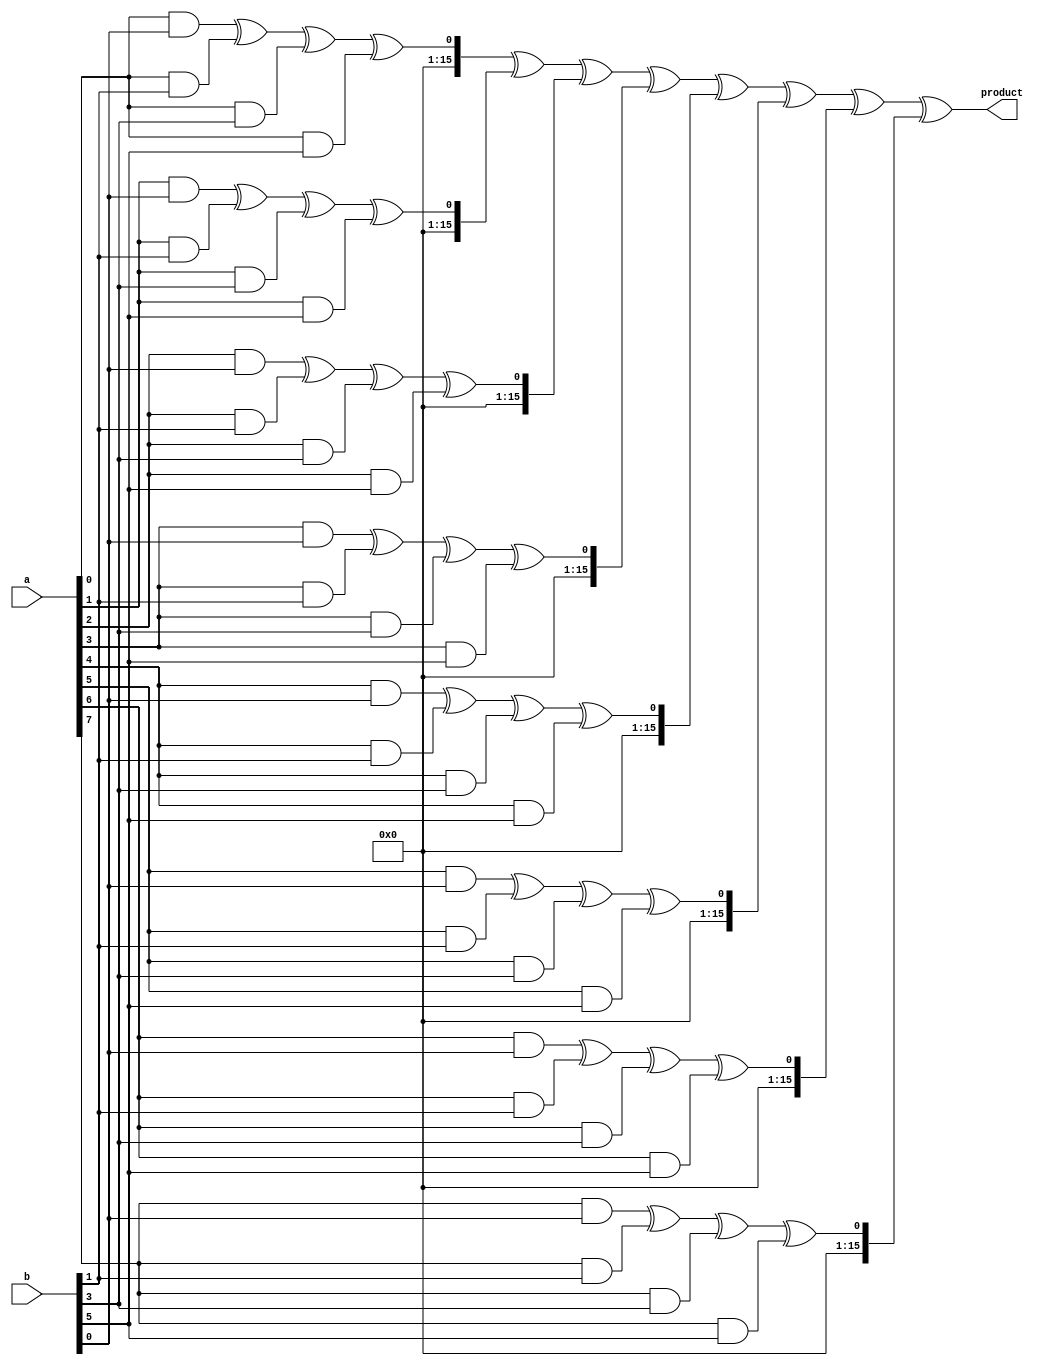
module wallace_tree_multiplier (
    input wire [7:0] a,
    input wire [7:0] b,
    output wire [15:0] product
);

wire [15:0] partial_products [7:0][7:0];
wire [15:0] reduced_partial_products [7:0][2:0];
wire [15:0] final_product;

// Partial product generation stage
genvar i, j;

generate
    for (i = 0; i < 8; i = i + 1) begin
        for (j = 0; j < 8; j = j + 1) begin
            assign partial_products[i][j] = a[i] & b[j];
        end
    end
endgenerate

// Partial product reduction stage
genvar k;

generate
    for (k = 0; k < 3; k = k + 1) begin
        if (k == 0) begin
            for (i = 0; i < 8; i = i + 1) begin
                assign reduced_partial_products[i][k] = partial_products[i][2*k] ^ partial_products[i][2*k + 1];
            end
        end else begin
            for (i = 0; i < 8; i = i + 1) begin
                assign reduced_partial_products[i][k] = reduced_partial_products[i][k-1] ^ partial_products[i][2*k + 1];
            end
        end
    end
endgenerate

// Final product accumulation stage
generate
    assign final_product = reduced_partial_products[0][2] ^ reduced_partial_products[1][2] ^ reduced_partial_products[2][2] ^ reduced_partial_products[3][2] ^
                            reduced_partial_products[4][2] ^ reduced_partial_products[5][2] ^ reduced_partial_products[6][2] ^ reduced_partial_products[7][2];
endgenerate

assign product = final_product;

endmodule